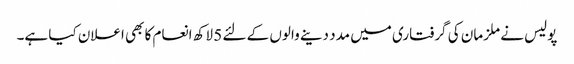
پولیس نے ملزمان کی گرفتاری میں مدد دینے والوں کے لئے 5 لاکھ انعام کا بھی اعلان کیا ہے۔